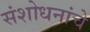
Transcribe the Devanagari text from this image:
संशोधनांचे